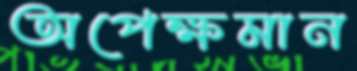
অপেক্ষমান